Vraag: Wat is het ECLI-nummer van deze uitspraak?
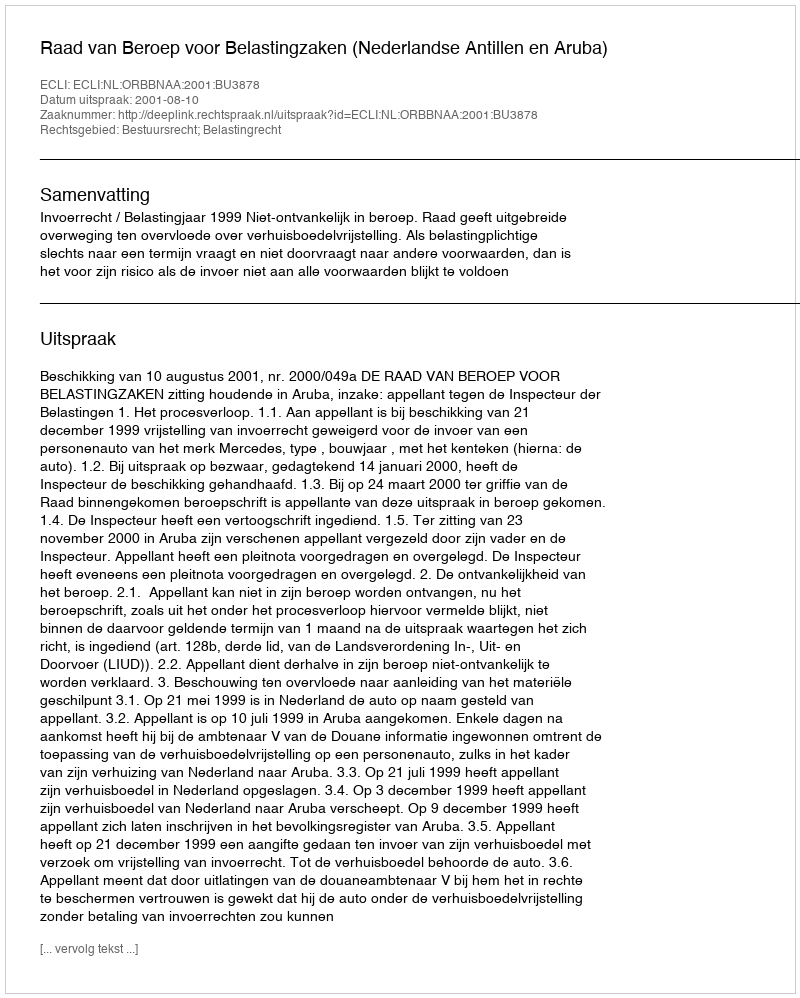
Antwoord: ECLI:NL:ORBBNAA:2001:BU3878